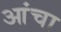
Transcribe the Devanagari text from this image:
आंचा